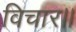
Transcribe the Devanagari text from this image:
विचार।।